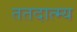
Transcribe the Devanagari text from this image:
ततदात्म्य